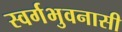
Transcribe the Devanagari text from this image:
स्वर्गभुवनासी